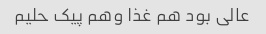
عالی بود هم غذا وهم پیک حلیم